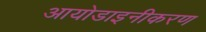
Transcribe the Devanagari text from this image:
आयोडाइनीकरण